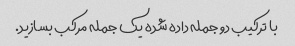
با ترکیب دو جمله داده شده یک جمله مرکب بسازید.